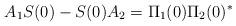
LaTeX: \begin{align*}& A_1S(0)-S(0)A_2=\Pi_1(0)\Pi_2(0)^*\end{align*}